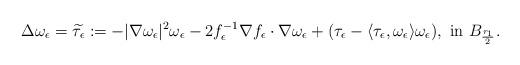
LaTeX: \begin{align*}\Delta\omega_\epsilon=\widetilde{\tau_\epsilon}:=-|\nabla\omega_\epsilon|^2\omega_\epsilon-2f_\epsilon^{-1}\nabla f_\epsilon\cdot\nabla\omega_\epsilon+(\tau_\epsilon-\langle\tau_\epsilon, \omega_\epsilon\rangle\omega_\epsilon),\ {\rm{in}}\ B_{\frac{r_1}2}.\end{align*}